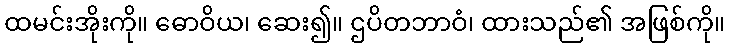
ထမင်းအိုးကို။ ဓောဝိယ၊ ဆေး၍။ ဌပိတဘာဝံ၊ ထားသည်၏ အဖြစ်ကို။